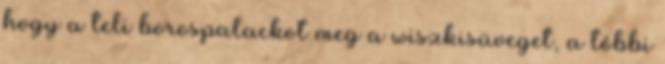
hogy a teli borospalackot meg a wiszkisüveget, a többi